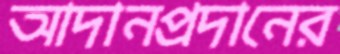
আদানপ্রদানের